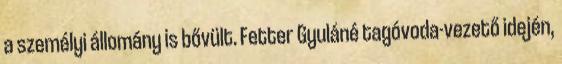
a személyi állomány is bővült. Fetter Gyuláné tagóvoda-vezető idején,